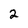
Character: 2